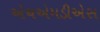
એચએમડીએસ